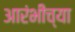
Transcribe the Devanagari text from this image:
आरंभींच्या